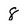
Character: 8